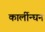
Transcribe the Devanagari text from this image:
कार्लीन्घन